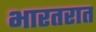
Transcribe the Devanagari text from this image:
भारतरात